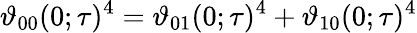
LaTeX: \vartheta_{00}(0;\tau)^{4}=\vartheta_{01}(0;\tau)^{4}+\vartheta_{10}(0;\tau)^{4}